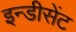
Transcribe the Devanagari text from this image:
इन्डीसेंट